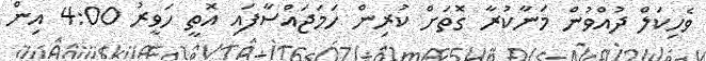
ވެހިކަލް ދުއްވުން މަނާކުރާ ގޮތަށް ކުރިން ހަމަޖައްސާފައި އޮތީ ހަވީރު 4:00 އިން